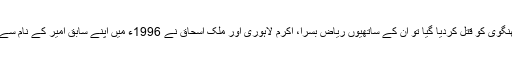
فروری 1990ء میں حق نواز جھنگوی کو قتل کردیا گیا تو ان کے ساتھیوں ریاض بسرا، اکرم لاہوری اور ملک اسحاق نے 1996ء میں اپنے سابق امیر کے نام سے ہی لشکرِ جھنگوی کا آغاز کردیا۔